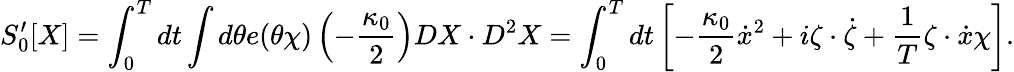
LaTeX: S_{0}^{\prime}[X]=\int_{0}^{T}dt\int d\theta e(\theta\chi)\left(-\frac{\kappa_{0}}{2}\right)DX\cdot D^{2}X=\int_{0}^{T}dt\left[-\frac{\kappa_{0}}{2}\dot{x}^{2}+i\zeta\cdot\dot{\zeta}+\frac{1}{T}\zeta\cdot\dot{x}\chi\right].